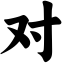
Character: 对